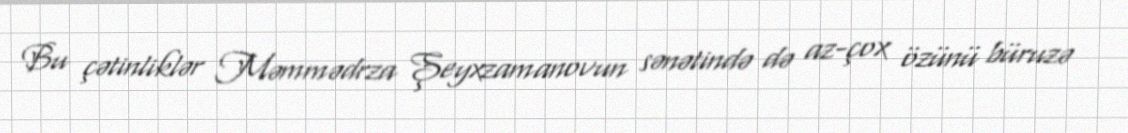
Bu çətinliklər Məmmədrza Şeyxzamanovun sənətində də az-çox özünü büruzə